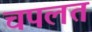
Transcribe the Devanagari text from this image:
चपलत